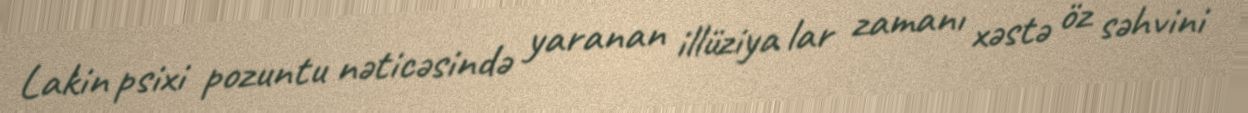
Lakin psixi pozuntu nəticəsində yaranan illüziya lar zamanı xəstə öz səhvini